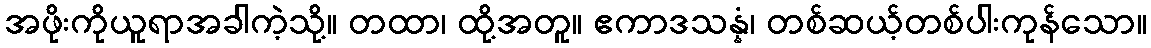
အဖိုးကိုယူရာအခါကဲ့သို့။ တထာ၊ ထို့အတူ။ ဧကာဒသန္နံ၊ တစ်ဆယ့်တစ်ပါးကုန်သော။